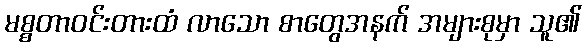
မစ္စတာဝင်းတားထံ လာသော စာတွေအနက် အများစုမှာ သူ၏